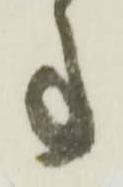
事